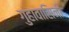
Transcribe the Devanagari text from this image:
गुहावासिनी